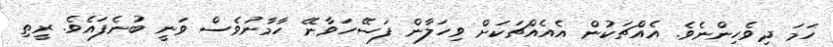
ހަމަ ދިވެހިންނެވެ. އެއެެްޗަކުން އެއެެއްޗަކަށް ވިހަލާން ފަސޭހަވާނޭ ހާމާނުވެސް ވަނީ ބުނެފައެވެ. ރީތި